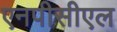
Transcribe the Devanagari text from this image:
एनपीसीएल